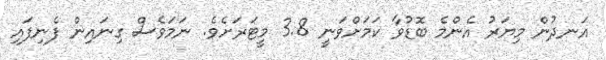
އަނދުން މިޔަރު އެންމެ ބޮޑުވާ ކަމަށްވަނީ 3.8 މީޓަރަށެވެ. ނަމަވެސް ގިނައިން ފެނިފައި